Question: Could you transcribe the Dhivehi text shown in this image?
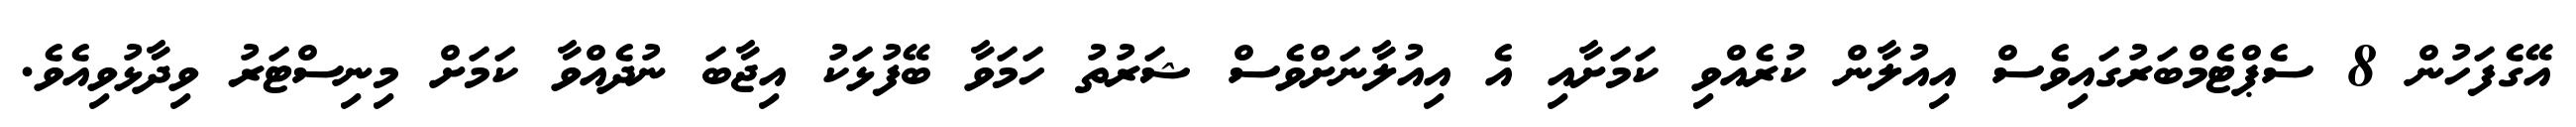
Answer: އޭގެފަހުން 8 ސެޕްޓެމްބަރުގައިވެސް އިއުލާން ކުރެއްވި ކަމަށާއި އެ އިއުލާނަށްވެސް ޝަރުތު ހަމަވާ ބޭފުޅަކު އިޖާބަ ނުދެއްވާ ކަމަށް މިނިސްޓަރު ވިދާޅުވިއެވެ.